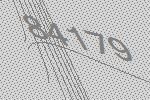
84179